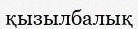
қызылбалық